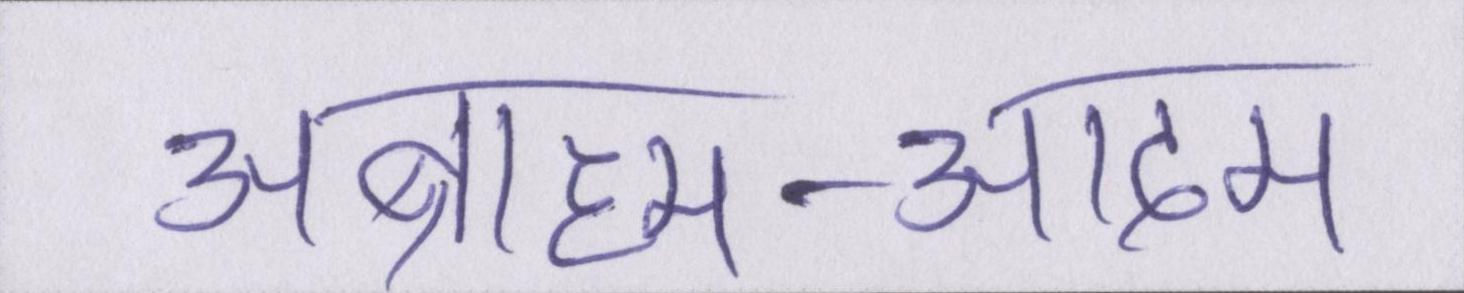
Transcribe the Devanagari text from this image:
अब्राहम-आदम